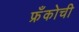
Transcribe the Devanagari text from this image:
फ्रँकोची